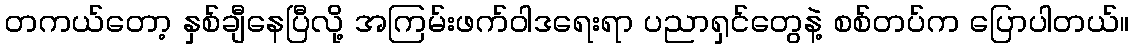
တကယ်တော့ နှစ်ချီနေပြီလို့ အကြမ်းဖက်ဝါဒရေးရာ ပညာရှင်တွေနဲ့ စစ်တပ်က ပြောပါတယ်။